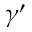
\gamma ^ { \prime }